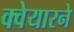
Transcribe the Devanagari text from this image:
क्वेयारने